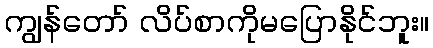
ကျွန်တော် လိပ်စာကိုမပြောနိုင်ဘူး။